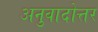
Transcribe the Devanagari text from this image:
अनुवादोत्तर